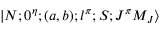
\vert N ; 0 ^ { \eta } ; ( a , b ) ; l ^ { \pi } ; S ; J ^ { \pi } M _ { J } \rangle